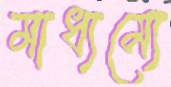
মাধ্যম্যে